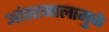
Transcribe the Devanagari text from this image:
आंतरजालामुळे